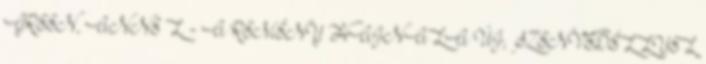
GREEN, ANNE L. - A REMÉNY HAJNALA ÚJ, SZENVEDÉLLYEL